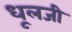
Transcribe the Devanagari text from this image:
धूलजी